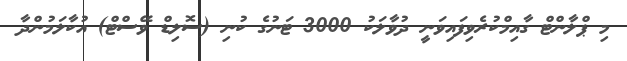
މި ޕްލާންޓް ގާއިމްކުރެވިފައިވަނީ ދުވާލަކު 3000 ޓަނުގެ ކުނި (ސޮލިޑް ވޭސްޓް) އުކާލަމުންދާ